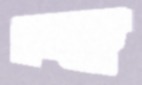
দুছকু